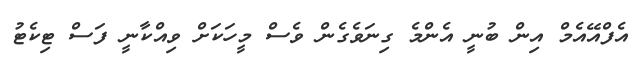
އެފްއޭއެމް އިން ބުނީ އެންމެ ގިނަވެގެން ވެސް މީހަކަށް ވިއްކާނީ ފަސް ޓިކެޓު